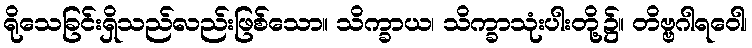
ရိုသေခြင်းရှိသည်လည်းဖြစ်သော။ သိက္ခာယ၊ သိက္ခာသုံးပါးတို့၌။ တိဗ္ဗဂါရဝေါ၊